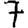
Digit: 7